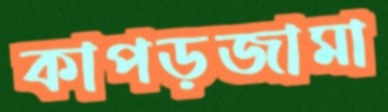
কাপড়জামা